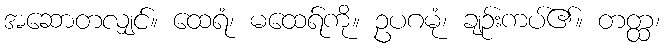
အဆောတလျှင်။ ထေရံ၊ မထေရ်ကို။ ဥပဂမုံ၊ ချဉ်းကပ်၏။ တတ္ထ၊